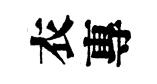
衣專